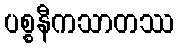
ပစ္စနီကသာတဿ